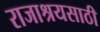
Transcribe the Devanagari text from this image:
राजाश्रयसाठी